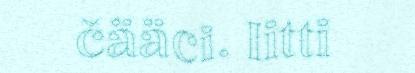
čääci. Iitti